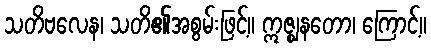
သတိဗလေန၊ သတိ၏အစွမ်းဖြင့်။ ဣဇ္ဈနတော၊ ကြောင့်။